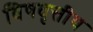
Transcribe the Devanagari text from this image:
विषवृत्तीय